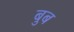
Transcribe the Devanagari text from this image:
बुब